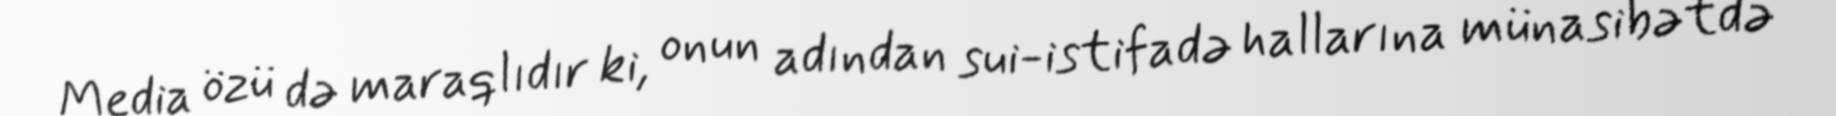
Media özü də maraqlıdır ki, onun adından sui-istifadə hallarına münasibətdə